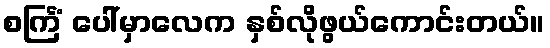
စင်္ကြံ ပေါ်မှာလေက နှစ်လိုဖွယ်ကောင်းတယ်။